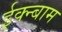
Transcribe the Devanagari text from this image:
ईक्न्बाम